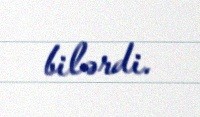
bilərdi.